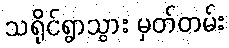
သရိုင်ရွာသွား မှတ်တမ်း